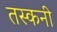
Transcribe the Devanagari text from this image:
तस्कनी